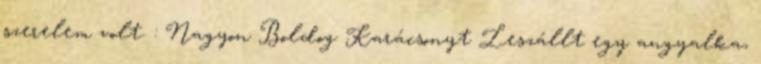
szerelem volt. : Nagyon Boldog Karácsonyt Leszállt egy angyalka,